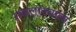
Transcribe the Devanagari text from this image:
सकलातवाला